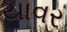
યાવર